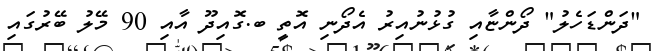
"ދަންޑަހެލު" ދޯންޏާއި ގުޅުނުއިރު އެދޯނި އޮތީ ބ.ގޮއިދޫ އާއި 90 މޭލު ބޭރުގައި